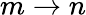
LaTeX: m\to n